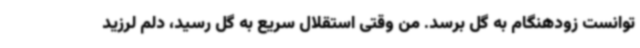
توانست زودهنگام به گل برسد. من وقتی استقلال سریع به گل رسید، دلم لرزید